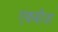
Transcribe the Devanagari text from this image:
एकबीजा